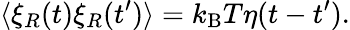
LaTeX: \langle\xi_{R}(t)\xi_{R}(t^{\prime})\rangle=k_{\mathrm{B}}T\eta(t-t^{\prime}).